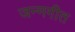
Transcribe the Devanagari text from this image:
जन्मगीत